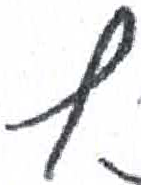
אות: ץ